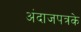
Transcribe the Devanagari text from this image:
अंदाजपत्रके